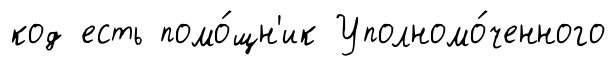
код есть помо́щн'ик Уполномо́ченного